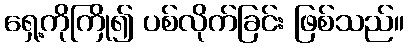
ရှေ့ကိုကြို၍ ပစ်လိုက်ခြင်း ဖြစ်သည်။